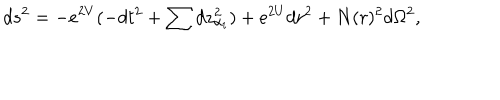
d s ^ { 2 } = - e ^ { 2 V } ( - d t ^ { 2 } + \sum d z _ { \alpha _ { i } } ^ { 2 } ) + e ^ { 2 U } d r ^ { 2 } + N ( r ) ^ { 2 } d \Omega ^ { 2 } ,